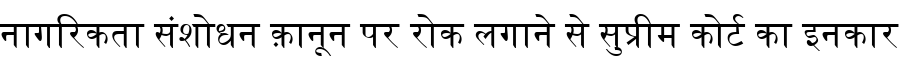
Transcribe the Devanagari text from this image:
नागरिकता संशोधन क़ानून पर रोक लगाने से सुप्रीम कोर्ट का इनकार